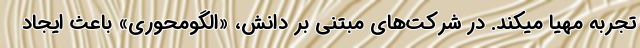
تجربه مهیا میکند. در شرکت‌های مبتنی بر دانش، «الگومحوری» باعث ایجاد